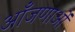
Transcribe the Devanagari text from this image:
आँजणाओं